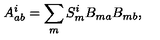
A _ { a b } ^ { i } = \sum _ { m } S _ { m } ^ { i } B _ { m a } B _ { m b } ,